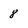
Character: 8